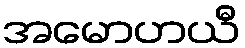
အမောဟယီ